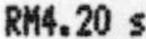
RM4.20 S